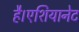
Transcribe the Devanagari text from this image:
है।एशियानेट